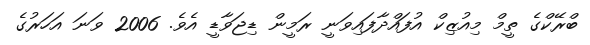
ބްރޭކްގެ ތީމް މިއުޒިކް އުފައްދާފައިވަނީ ރަމީން ޑިޖަވާޑީ އެވެ. 2006 ވަނަ އަހަރުގެ